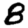
Digit: 8